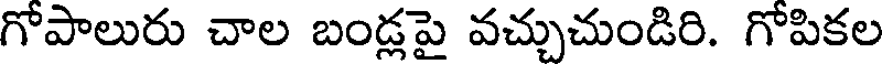
గోపాలురు చాల బండ్లపై వచ్చుచుండిరి. గోపికల